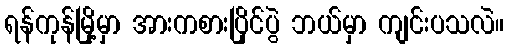
ရန်ကုန်မြို့မှာ အားကစားပြိုင်ပွဲ ဘယ်မှာ ကျင်းပသလဲ။